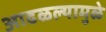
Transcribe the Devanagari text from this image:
आढळल्यामुळे